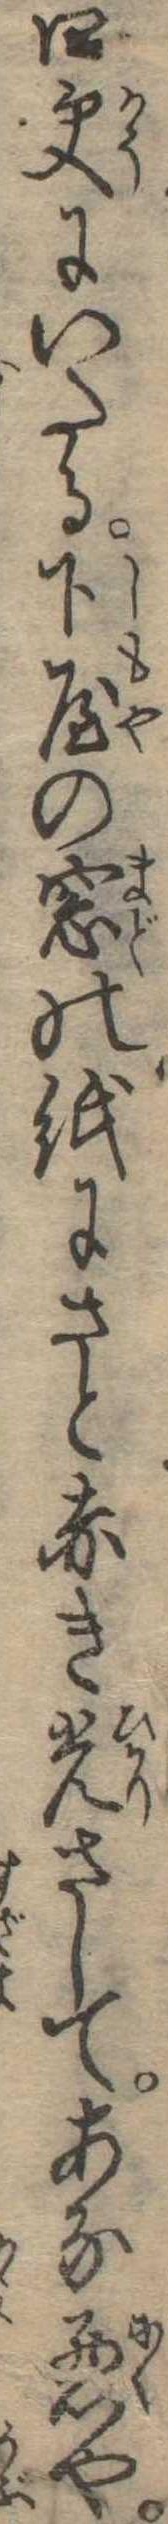
四更にいたる下屋の窓の紙にさと赤き光さしてあな悪や